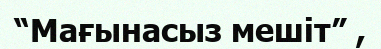
“Мағынасыз мешіт” ,